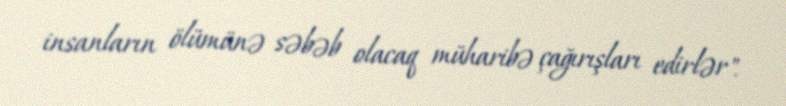
insanların ölümünə səbəb olacaq müharibə çağırışları edirlər".